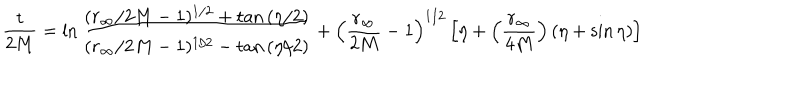
LaTeX: { \frac { t } { 2 M } } = \ln { \frac { ( r _ { \infty } / 2 M - 1 ) ^ { 1 / 2 } + \tan { ( \eta / 2 ) } } { ( r _ { \infty } / 2 M - 1 ) ^ { 1 / 2 } - \tan { ( \eta / 2 ) } } } + \left( { \frac { r _ { \infty } } { 2 M } } - 1 \right) ^ { 1 / 2 } \left[ \eta + \left( { \frac { r _ { \infty } } { 4 M } } \right) ( \eta + \sin \eta ) \right]